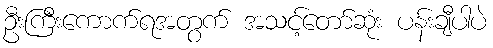
ဦးကြီးကောက်ရအတွက် အသင့်တော်ဆုံး ပန်းချီပါပဲ